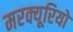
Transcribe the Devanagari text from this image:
मरक्यूरियो